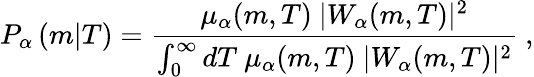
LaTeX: P_{\alpha}\left(m|T\right)=\frac{\mu_{\alpha}(m,T)\ |W_{\alpha}(m,T)|^{2}}{\int_{0}^{\infty}dT\ \mu_{\alpha}(m,T)\ |W_{\alpha}(m,T)|^{2}}\ ,